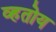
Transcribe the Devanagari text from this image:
व्हतोय